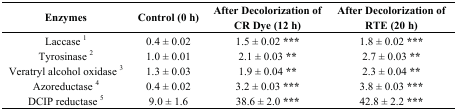
<table><thead><tr><td><b>Enzymes</b></td><td><b>Control (0 h)</b></td><td><b>After Decolorization of CR Dye (12 h)</b></td><td><b>After Decolorization of RTE (20 h)</b></td></tr></thead><tbody><tr><td>Laccase <sup>1</sup></td><td>0.4 ± 0.02</td><td>1.5 ± 0.02 <b>***</b></td><td>1.8 ± 0.02 <b>***</b></td></tr><tr><td>Tyrosinase <sup>2</sup></td><td>1.0 ± 0.01</td><td>2.1 ± 0.03 <b>**</b></td><td>2.7 ± 0.03 <b>**</b></td></tr><tr><td>Veratryl alcohol oxidase <sup>3</sup></td><td>1.3 ± 0.03</td><td>1.9 ± 0.04 <b>**</b></td><td>2.3 ± 0.04 <b>**</b></td></tr><tr><td>Azoreductase <sup>4</sup></td><td>0.4 ± 0.02</td><td>3.2 ± 0.03 <b>***</b></td><td>3.8 ± 0.03 <b>***</b></td></tr><tr><td>DCIP reductase <sup>5</sup></td><td>9.0 ± 1.6</td><td>38.6 ± 2.0 <b>***</b></td><td>42.8 ± 2.2 <b>***</b></td></tr></tbody></table>